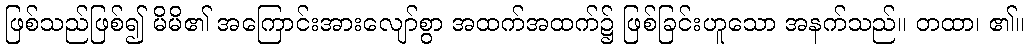
ဖြစ်သည်ဖြစ်၍ မိမိ၏ အကြောင်းအားလျော်စွာ အထက်အထက်၌ ဖြစ်ခြင်းဟူသော အနက်သည်။ တထာ၊ ၏။